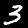
Digit: 3